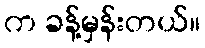
က ခန့်မှန်းတယ်။